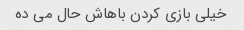
خیلی بازی کردن باهاش حال می ده